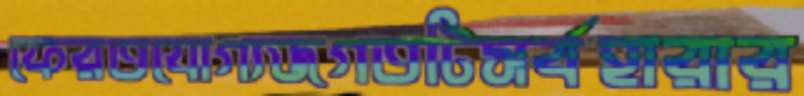
ফেরতযোগ্যজগতটিসর্বহারার